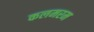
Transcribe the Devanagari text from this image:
कलमरम